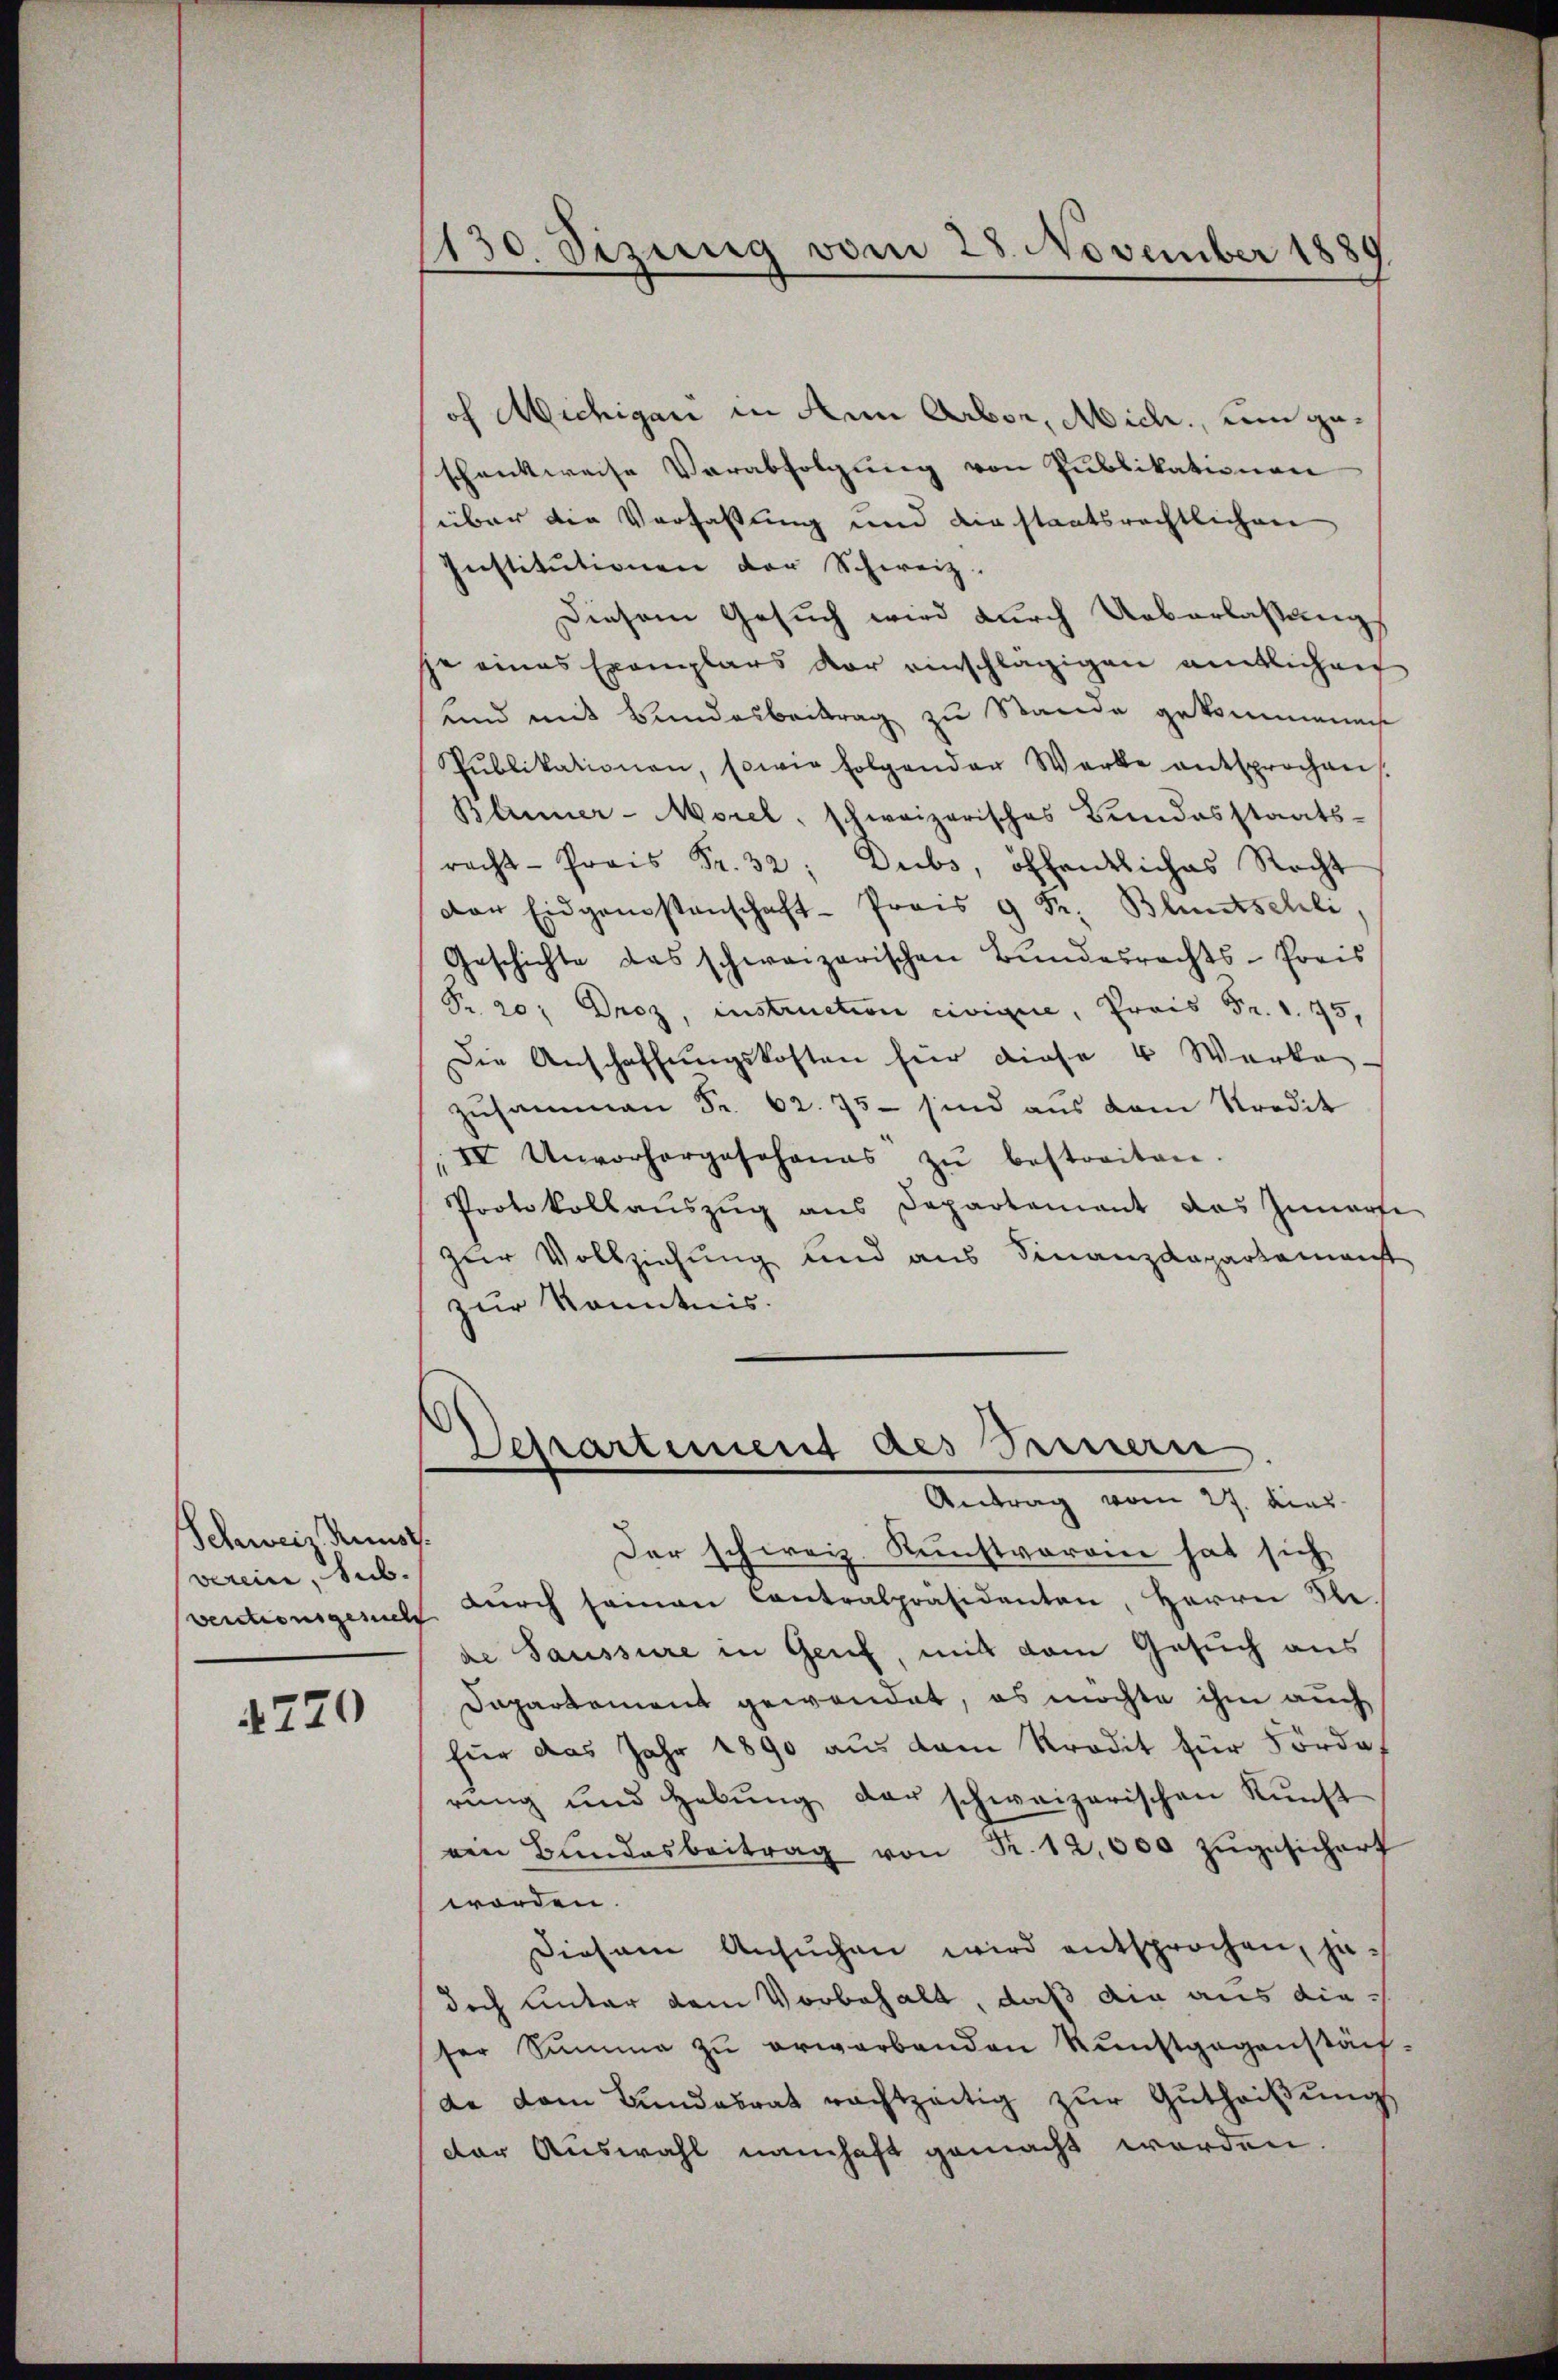
Scheweis Kunst.
verein, sub.

4720

1130. Sizung vom 28. November 1880

of Michigari in den Arber, Mich., um geschenkweise Verabfolgung von Publikationen
über die Verfassung und einstaatsrechtlichen
Institutionen der Schweiz.
Diesem Gesuch wird durch Ueberlassungs
je eines Exemplars vor einschlägigen amtlichen
und mit Bundesbeitrag zu Stande gekommenen
Pŭblikationen, sowie folgender Werke entsprochens.
Blumer-Morel, schweizerisches Bundesstaats-
racht-Prais Fr. 32; Dubs, öffentliches Recht
der Eidgenstenschaft-Prois 9 Fr. Bluntschli
Geschichte das schweizerischen Bundesrechts-Preis
Fr. 20: Drez, instruction civique, Prais Fr. 1. 75,
Die Anschaffungskosten für diese 4 Werke-
Zusammen Fr. 62. 75 sind aus dem Kredit
IV Unvorhergesohanas zŭ bestreiten.
Protokollauszug aus Departement das Innerse
zur Vollziehung und aus Finanzdepartemenst
zur Kenntnis.
Departement des Seinern
Antrag vom 27. dies
Der schweiz. Kunstverein hat sich
ventionsgesuch dŭrch seinen Contralpräsidenten, Herrn Ste
de Saussure in Genf, mit dem Gesuch aus
Dapartement gewendet, es möchte ihm auch
für das Jahr 1890 aus dem Kredit für Forde
rung und Hebŭng der schweizerischen Kŭnst
ein Bŭndesbeitrag von Fr. 12,000 zŭgesichert
worden.
Diesem Ansuchen wird entsprochen, jedoch unter dem Vorbehalt, daß die aus dieser Summe zu erwarbenden Kunstgegenstäch
de dem Bundesrat rachtzeitig zur Gutheilung
der Auswahl namhaft gemacht worden.